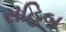
સહિબ